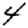
Digit: 4